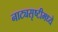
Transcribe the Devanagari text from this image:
नाट्यसृष्टीमध्ये